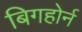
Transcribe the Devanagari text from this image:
बिगहोर्न